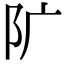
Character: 𨸘